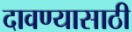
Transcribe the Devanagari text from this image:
दावण्यासाठी